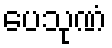
ပေသုဏံ